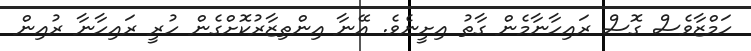
ހަމްޒާވެސް ގޮސް ރައިހާނާމެން ގާތު އިށީނެވެ. އޭނާ އިންތިޒާރުކޮށްގެން ހުރީ ރައިހާނާ ރުއިން